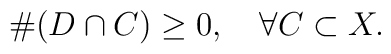
\#(D\cap C)\geq0, \quad\forall C\subset X.